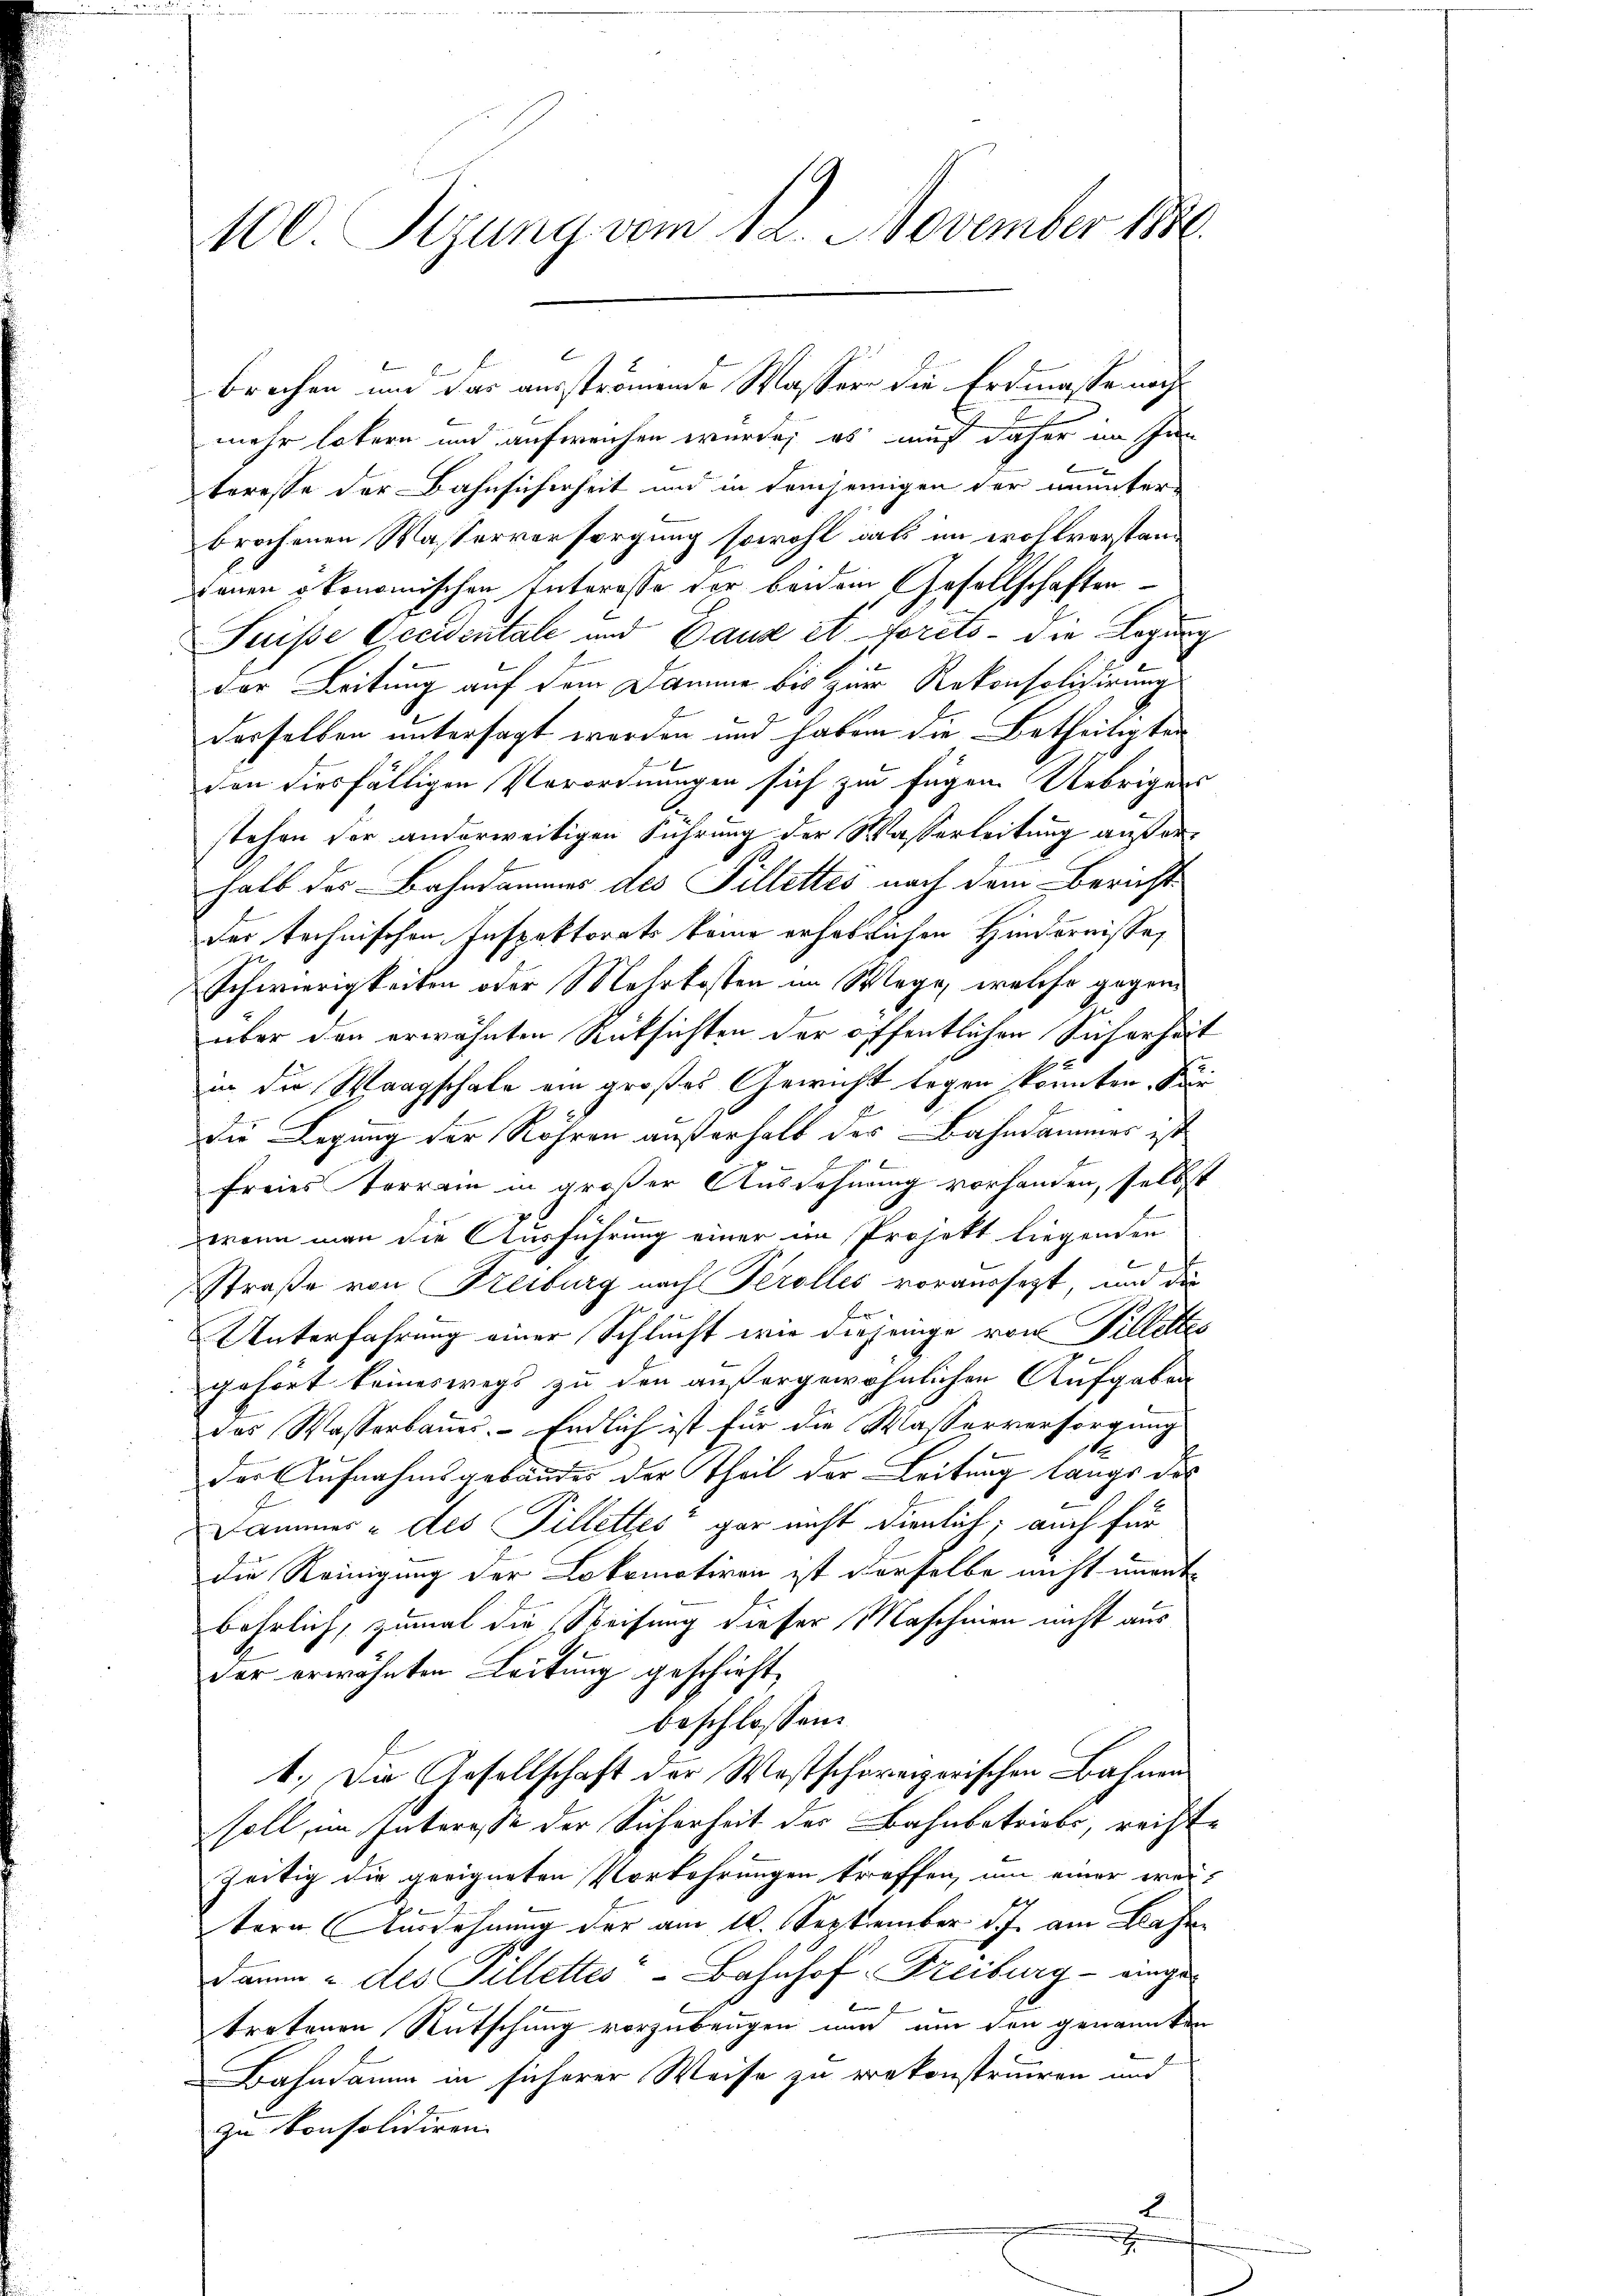
1100. Sizung vom 12. November 1886.

mehr latern und aufweichen wurde; es muß daher im Inn
teresse der Bahnsicherheit und in demjenigen der ununter-
brochenen Wasserversorgung sowohl dass im wohlverstandenen ökonomischen Interasse der beidem Gesellschaften
Suisse Accidentale und Daus et forêts - die Legung
der Leitung auf dem Damme bis zur Rekonsolidirung
desselben untersagt werden und haben die Betheiligten
den diesfälligen Verordnungen sich zu fügen Uebrigens
stehen der anderweitigen Führung der Wasserleitung außerhalb des Bahndammes des Pillettes nach dem Berichtder technischen Inspektorats keine erheblichen Hindernisses
Schwierigkeiten oder Mehrkosten im Wege, welche gegenüber den erwähnten Rüksichten der öffentlichen Sicherheit
in die Waagschale ein großes Gewicht legen könnten. Die
Du Legung der Röhren außerhalb der Bahndammes ist
freies Terrain in großer Aussehnung vorhanden, selbst
wenn man die Ausführung einer im Projekt liegenden
Straße von Freiburg nach Perolles voraussezt, und die
Unterfahrung einer Schlucht wie diejenige von Pillettes
gehört keineswegs zu den außergewöhnlichen Aufgaben
das Wasserbauer. Endlich ist für die Wasserversorgung
der Aufnahmsgebäudes der Theil der Leitung langs des
Dammer - des Pillettes“ gar nicht dienlich; auch für
die Reinigung der Lokomotiven ist derselbe nicht unent
behrlich, zumal die Steifung dieser Maschinen nicht aus
der erwähnten Leitung geschieht,
beschlossen:
1.) Die Gesellschaft der Westschareizerischen Bahnen
soll, im Interesse der Sicherheit des Bahnbetriebs, rechte
zeitig die geeigneten Vorkehrungen treffen, um einer weitern Ausdehnung der am 12. September d.J. am Base
Damne & des Pillettes-Bahnhof-Freiburg - eingeb
tretenen Rutschung vorzubeugen und um den genannten
Bahndamm in sicherer Weise zu erekonstruiren und
zu konsolidiren.
2

brechen und das ausströmende Wasser die Erdmasse nach